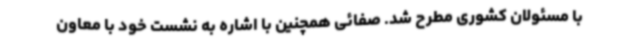
با مسئولان کشوری مطرح شد. صفائی همچنین با اشاره به نشست خود با معاون